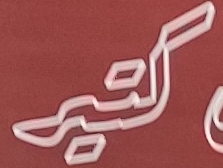
كتير